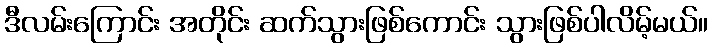
ဒီလမ်းကြောင်း အတိုင်း ဆက်သွားဖြစ်ကောင်း သွားဖြစ်ပါလိမ့်မယ်။